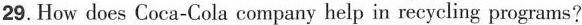
29. How does Coca-Cola company help in recycling programs?